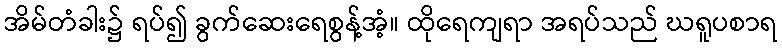
အိမ်တံခါး၌ ရပ်၍ ခွက်ဆေးရေစွန့်အံ့။ ထိုရေကျရာ အရပ်သည် ဃရူပစာရ